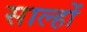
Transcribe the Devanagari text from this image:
साल्हों